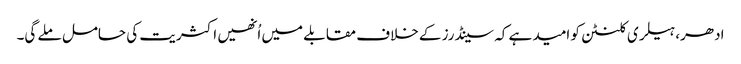
ادھر، ہیلری کلنٹن کو امید ہے کہ سینڈرز کے خلاف مقابلے میں اُنھیں اکثریت کی حامل ملے گی۔